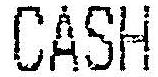
CASH